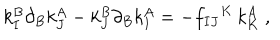
k _ { I } ^ { B } \partial _ { B } k _ { J } ^ { A } - k _ { J } ^ { B } \partial _ { B } k _ { I } ^ { A } = - f _ { I J } { } ^ { K } \, k _ { K } ^ { A } \ ,